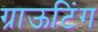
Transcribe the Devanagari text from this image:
ग्राऊटिंग